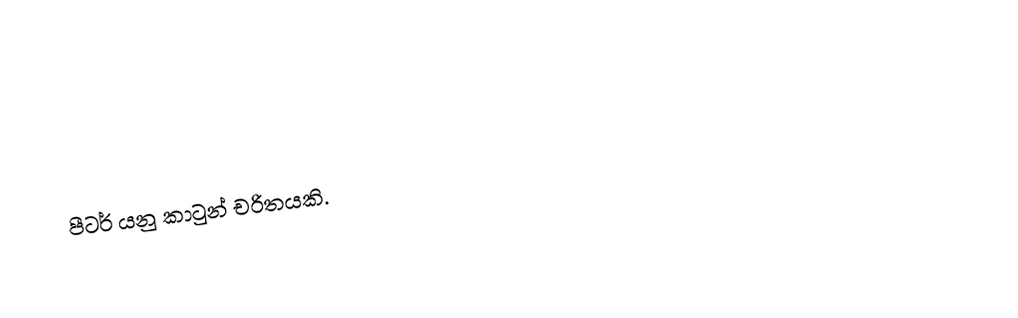

පීටර් යනු කාටුන් චරිතයකි.